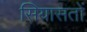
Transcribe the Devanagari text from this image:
सियासतों